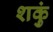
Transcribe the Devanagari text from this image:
शकुं